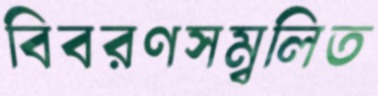
বিবরণসম্বলিত